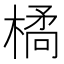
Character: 𭫜